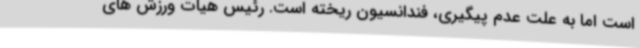
است اما به علت عدم پیگیری، فندانسیون ریخته است. رئیس هیات ورزش های